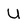
Character: U